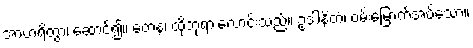
အာဟရိတွာ၊ ဆောင်၍။ တေန၊ ထိုဘုရားလောင်းသည်။ ဥဒါနိတံ၊ ဝမ်းမြောက်အပ်သော။